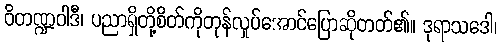
ဝိတဏ္ဍဝါဒီ၊ ပညာရှိတို့စိတ်ကိုတုန်လှုပ်အောင်ပြောဆိုတတ်၏။ ဒုရာသဒေါ၊